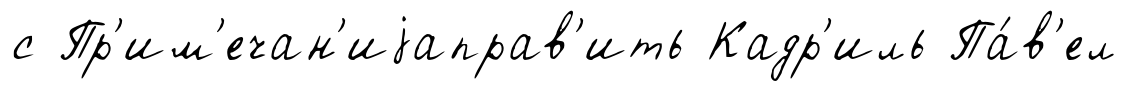
с Пр'им'ечан'иjаправ'ить Кадр'иль Па́в'ел